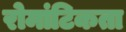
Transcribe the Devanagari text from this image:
रोमांटिकता